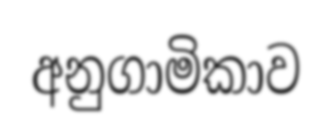
අනුගාමිකාව